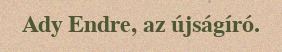
Ady Endre, az újságíró.